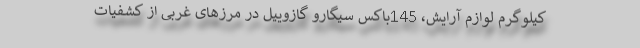
کیلوگرم لوازم آرایش، 145باکس سیگارو گازوییل در مرزهای غربی از کشفیات